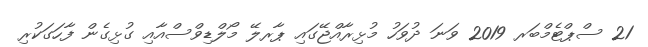
21 ސްޕްޓެމްބަރ 2019 ވަނަ ދުވަހު މުޅިރާއްޖޭގައި ޕާރލޭ މޯލްޑިވްސްއާއި ގުޅިގެން ފާހަގަކުރި